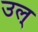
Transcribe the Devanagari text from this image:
उल्‌